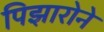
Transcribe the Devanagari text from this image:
पिझारोने